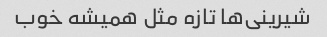
شیرینی‌ها تازه مثل همیشه خوب